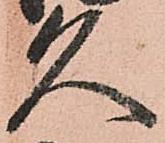
久